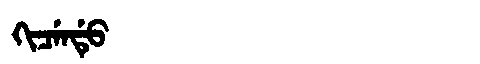
Manchu: ᡴᡳᠴᡝᠨᡩᡠ
Romanization: KICENDU